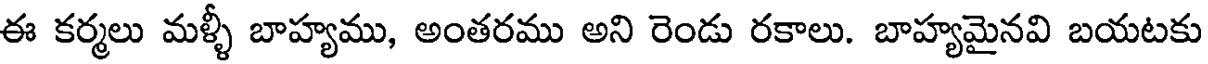
ఈ కర్మలు మళ్ళీ బాహ్యము, అంతరము అని రెండు రకాలు. బాహ్యమైనవి బయటకు